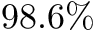
9 8 . 6 \%